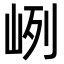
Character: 峢